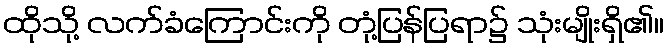
ထိုသို့ လက်ခံကြောင်းကို တုံ့ပြန်ပြရာ၌ သုံးမျိုးရှိ၏။